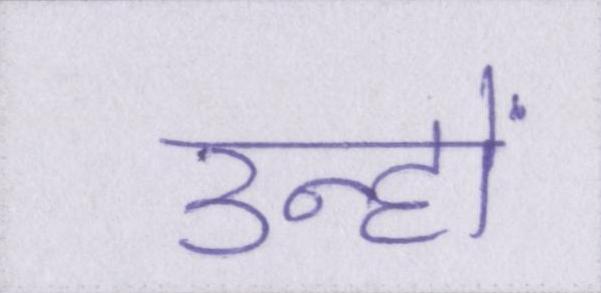
उन्हों